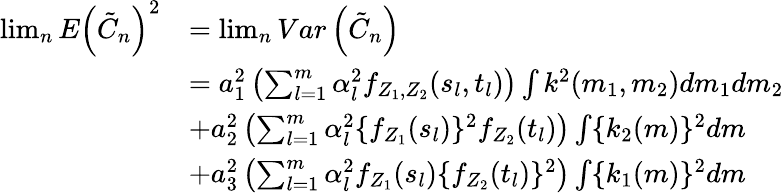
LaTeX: \begin{array}{rl}{\operatorname*{lim}_{n}E\left(\tilde{C}_{n}\right)^{2}}&{=\operatorname*{lim}_{n}Var\left(\tilde{C}_{n}\right)}\\ &{=a_{1}^{2}\left(\sum_{l=1}^{m}\alpha_{l}^{2}f_{Z_{1},Z_{2}}(s_{l},t_{l})\right)\int k^{2}(m_{1},m_{2})dm_{1}dm_{2}}\\ &{+a_{2}^{2}\left(\sum_{l=1}^{m}\alpha_{l}^{2}\{ f_{Z_{1}}(s_{l})\} ^{2}f_{Z_{2}}(t_{l})\right)\int\{ k_{2}(m)\} ^{2}dm}\\ &{+a_{3}^{2}\left(\sum_{l=1}^{m}\alpha_{l}^{2}f_{Z_{1}}(s_{l})\{ f_{Z_{2}}(t_{l})\} ^{2}\right)\int\{ k_{1}(m)\} ^{2}dm}\end{array}